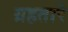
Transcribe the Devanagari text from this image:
ग्रहतारे